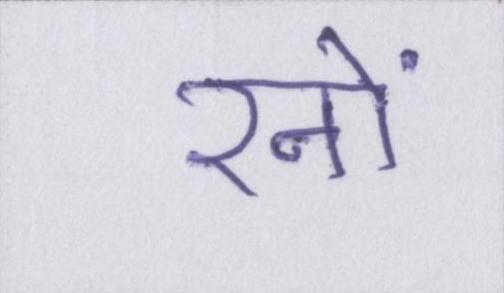
रनों